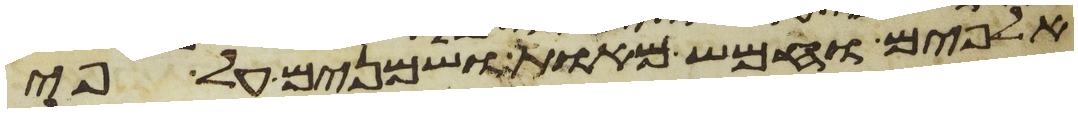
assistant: אלפים וחמש מאות ושמנים על פי